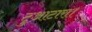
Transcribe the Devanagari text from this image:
टुआटारा।